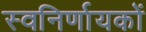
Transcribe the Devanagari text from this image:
स्वनिर्णायकों